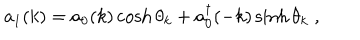
a _ { 1 } ( k ) = a _ { 0 } ( k ) \cosh \theta _ { k } + a _ { 0 } ^ { \dagger } ( - k ) \sinh \theta _ { k } \; ,